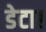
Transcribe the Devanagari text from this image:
डेटा।